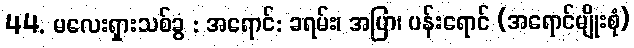
44. မလေးရှားသစ်ခွ : အရောင်: ခရမ်း၊ အပြာ၊ ပန်းရောင် (အရောင်မျိုးစုံ)